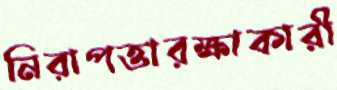
নিরাপত্তারক্ষাকারী